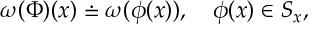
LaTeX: \omega ( \Phi ) ( x ) \doteq \omega ( \phi ( x ) ) , \quad \phi ( x ) \in { \cal S } _ { x } ,